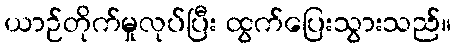
ယာဉ်တိုက်မှုလုပ်ပြီး ထွက်ပြေးသွားသည်။